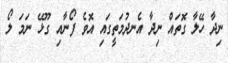
ނިދާ ހޭލާ ގޮތައް ނިދާ އެނދުމަތީގައި އޮވެ ފޯނާއި ގޫޅޭ ނަމަ ލޯ